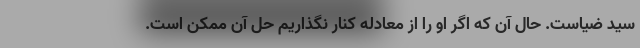
سید ضیاست. حال آن که اگر او را از معادله کنار نگذاریم حل آن ممکن است.